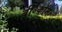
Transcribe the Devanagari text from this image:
बी॰कॉम॰